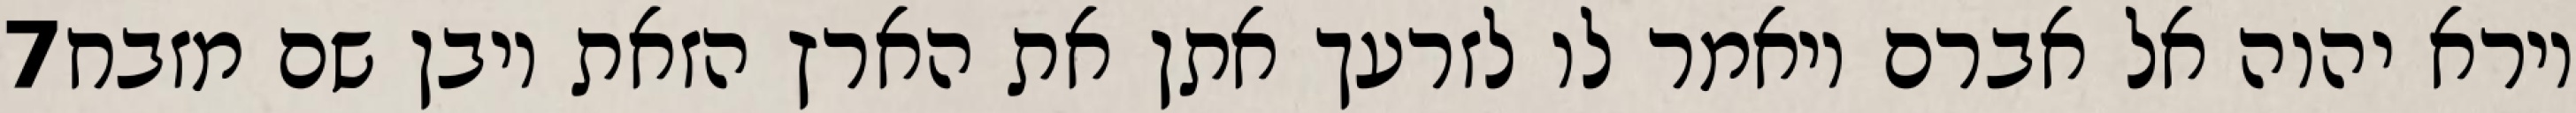
‎7‏ וירא יהוה אל אברם ויאמר לו לזרעך אתן את הארץ הזאת ויבן שם מזבח